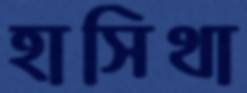
হাসিথা